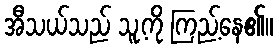
အီသယ်သည် သူ့ကို ကြည့်နေ၏။